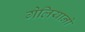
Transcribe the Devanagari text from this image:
गेलियानो